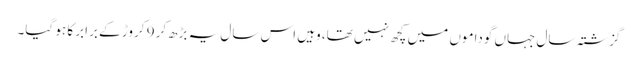
گزشتہ سال جہاں گوداموں میں کچھ نہیں تھا، وہیں اس سال یہ بڑھ‌کر 9 کروڑ کے برابر کا ہو گیا۔